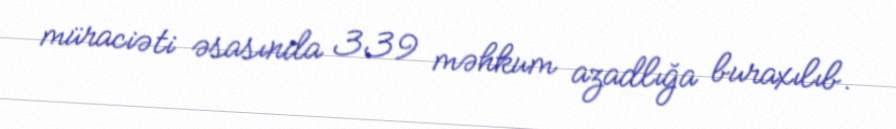
müraciəti əsasında 339 məhkum azadlığa buraxılıb.